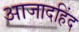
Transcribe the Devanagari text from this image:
आजादहिंद